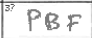
Transcription: PBF